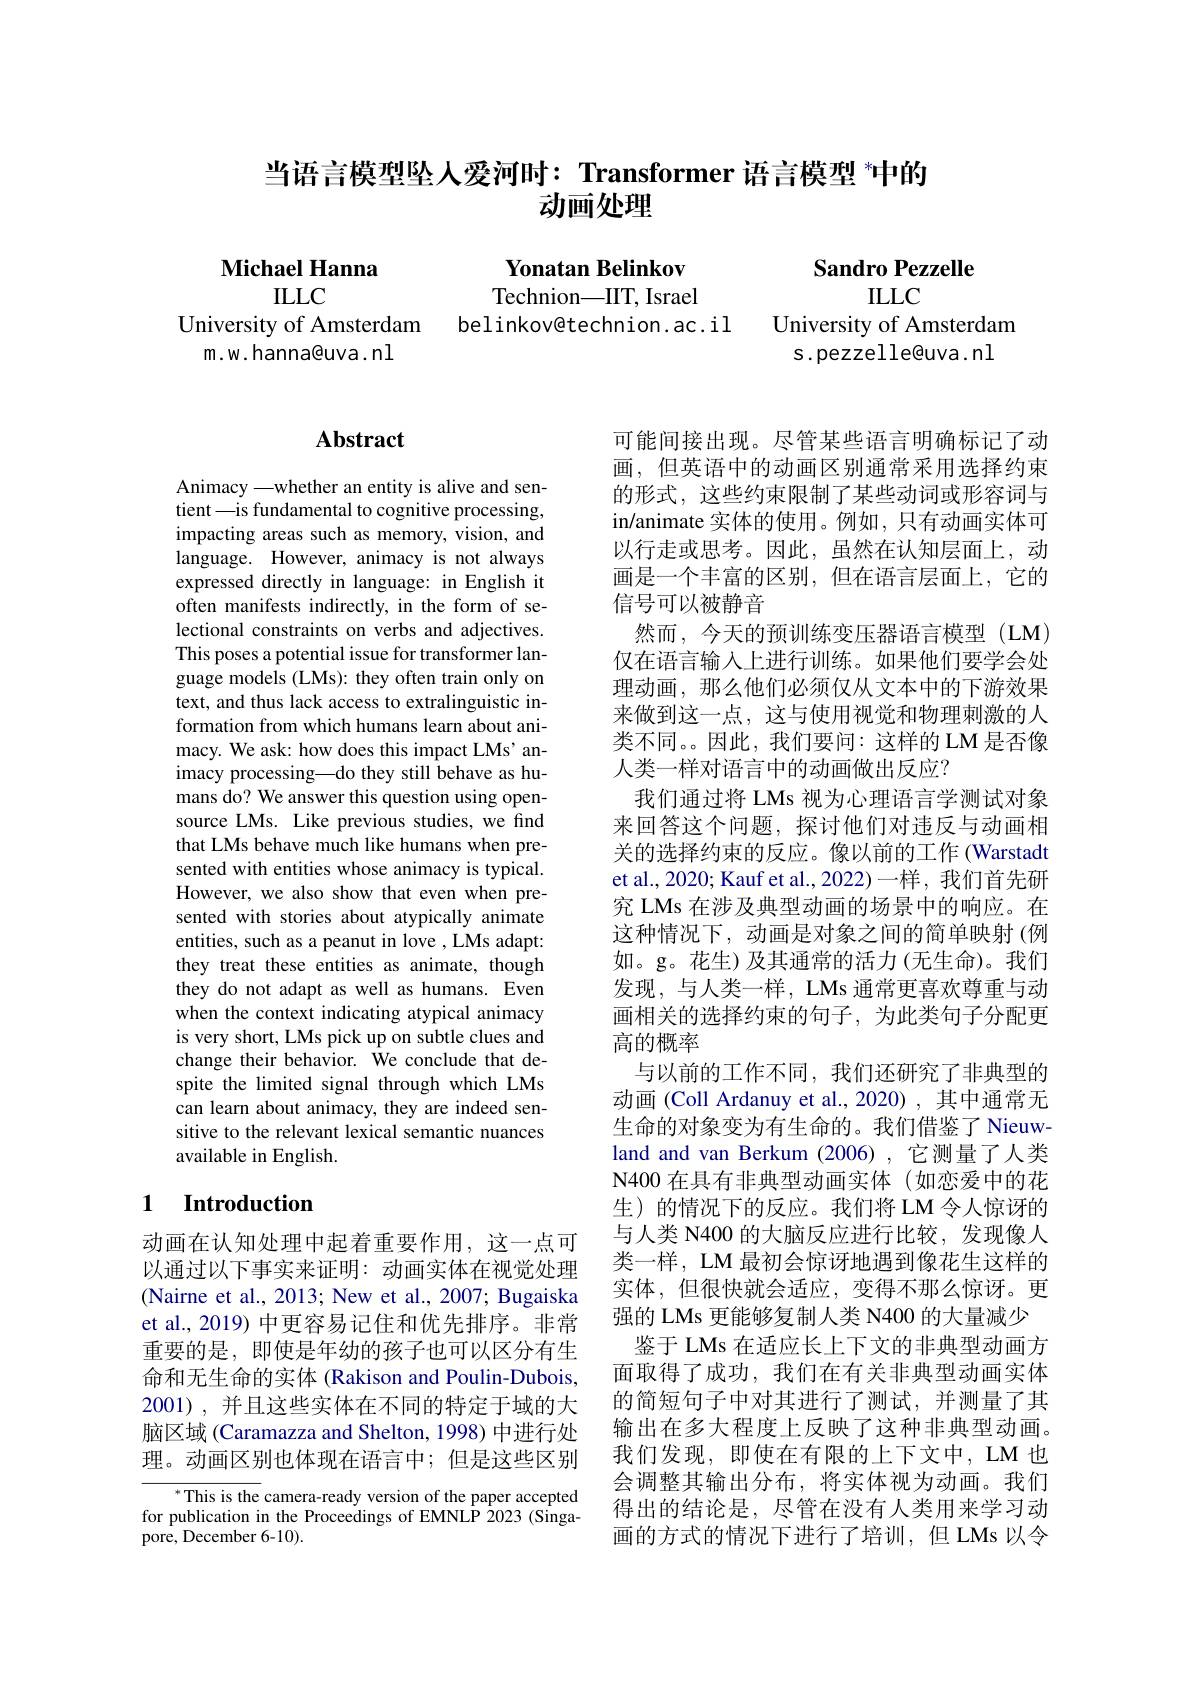
## 当语言模型坠人爱河时：Transformer 语言模型 $^{*}$中的$\vec{\text{动画处理}}$

Michael Hanna

Sandro Pezzelle
ILLC

Yonatan Belinkov Technion—IIT, Israel
belinkovêtechnion.ac.il

ILLC
University of Amsterdam
m.w.hanna@uva.nl

University of Amsterdam
s.pezzelle@uva.nl

## $\mathbf{Abstract}$

Animacy —whether an entity is alive and sentient\_is fundamental to cognitive processing, impacting areas such as memory, vision, and language. However, animacy is not always expressed directly in language: in English it often manifests indirectly, in the form of selectional constraints on verbs and adjectives. This poses a potential issue for transformer language models (LMs): they often train only on text, and thus lack access to extralinguistic information from which humans learn about animacy. We ask: how does this impact LMs' animacy processing—do they still behave as humans do? We answer this question using opensource LMs. Like previous studies, we find that LMs behave much like humans when presented with entities whose animacy is typical. However, we also show that even when presented with stories about atypically animate entities, such as a peanut in love , LMs adapt: they treat these entities as animate, though they do not adapt as well as humans. Even when the context indicating atypical animacy is very short, LMs pick up on subtle clues and change their behavior. We conclude that despite the limited signal through which LMs can learn about animacy, they are indeed sensitive to the relevant lexical semantic nuances available in English.

## 1 $\textbf{Introduction}$

动画在认知处理中起着重要作用，这一点可以通过以下事实来证明：动画实体在视觉处理(Nairne et al., 2013; New et al., 2007; Bugaiska et al., 2019) 中更容易记住和优先排序。非常重要的是，即使是年幼的孩子也可以区分有生命和无生命的实体 (Rakison and Poulin-Dubois, 2001),并且这些实体在不同的特定于域的大脑区域 (Caramazza and Shelton, 1998) 中进行处理。动画区别也体现在语言中；但是这些区别

$^*$This is the camera-ready version of the paper accepted for publication in the Proceedings of EMNLP 2023 (Singapore, December 6-10).

可能间接出现。尽管某些语言明确标记了动画，但英语中的动画区别通常采用选择约束的形式，这些约束限制了某些动词或形容词与in/animate 实体的使用。例如，只有动画实体可以行走或思考。因此，虽然在认知层面上，动画是一个丰富的区别，但在语言层面上，它的信号可以被静音
然而，今天的预训练变压器语言模型(LM) 仅在语言输入上进行训练。如果他们要学会处理动画，那么他们必须仅从文本中的下游效果来做到这一点，这与使用视觉和物理刺激的人类不同。。因此，我们要问：这样的 LM 是否像人类一样对语言中的动画做出反应？
我们通过将 LMs 视为心理语言学测试对象来回答这个问题，探讨他们对违反与动画相关的选择约束的反应。像以前的工作 (Warstadt et al., 2020; Kauf et al., 2022)一样，我们首先研究 LMs 在涉及典型动画的场景中的响应。在这种情况下，动画是对象之间的简单映射(例如。g。花生)及其通常的活力(无生命)。我们发现，与人类一样，LMs 通常更喜欢尊重与动画相关的选择约束的句子，为此类句子分配更高的概率
与以前的工作不同，我们还研究了非典型的动画 (Coll Ardanuy et al.,2020) , 其中通常无生命的对象变为有生命的。我们借鉴了 Nieuwland and van Berkum (2006),它测量了人类N400 在具有非典型动画实体(如恋爱中的花生)的情况下的反应。我们将 LM 令人惊讶的与人类 N400 的大脑反应进行比较，发现像人类一样，LM 最初会惊讶地遇到像花生这样的实体，但很快就会适应，变得不那么惊讶。更强的 LMs 更能够复制人类 N400 的大量减少
鉴于 LMs 在适应长上下文的非典型动画方面取得了成功，我们在有关非典型动画实体的简短句子中对其进行了测试，并测量了其输出在多大程度上反映了这种非典型动画。我们发现，即使在有限的上下文中，LM 也会调整其输出分布，将实体视为动画。我们得出的结论是，尽管在没有人类用来学习动画的方式的情况下进行了培训，但 LMs 以令